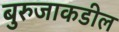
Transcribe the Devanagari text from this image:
बुरुजाकडील